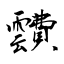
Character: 靅